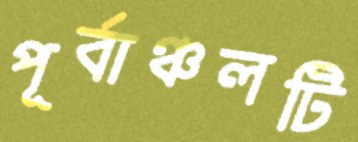
পূর্বাঞ্চলটি